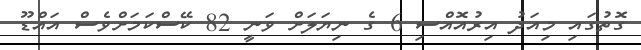
ގޮތުގައި މިއަދު އިރުއޮއްސި 6 ގެ ނިޔަލަށް ވަނީ 82 ކޭސްކަމަށްވެސް އައްޑޫ